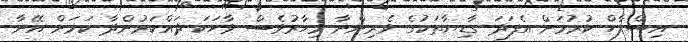
އިސްލާހް ކުރުމަށް އެފަދަ ގާޑިޔާތަކުގެ ވެރިންނާ މިހާރުވެސް ވާހަކަ ދައްކަމުންދާ ކަމަށް އޭނާ